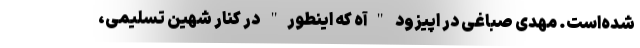
شده‌است. مهدی صباغی در اپیزود "آه که اینطور" در کنار شهین تسلیمی،